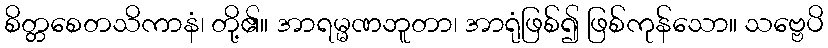
စိတ္တစေတသိကာနံ၊ တို့၏။ အာရမ္မဏဘူတာ၊ အာရုံဖြစ်၍ ဖြစ်ကုန်သော။ သဗ္ဗေပိ